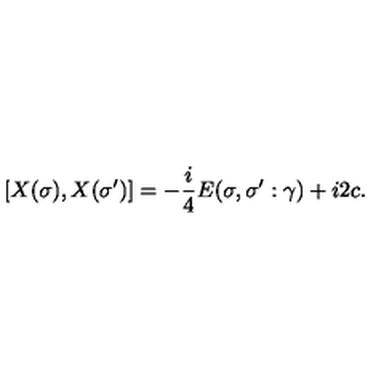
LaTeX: [ X ( \sigma ) , X ( \sigma ^ { \prime } ) ] = - \frac { i } { 4 } E ( \sigma , \sigma ^ { \prime } : \gamma ) + i 2 c .